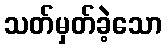
သတ်မှတ်ခဲ့သော